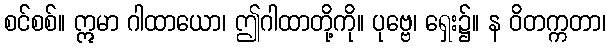
စင်စစ်။ ဣမာ ဂါထာယော၊ ဤဂါထာတို့ကို။ ပုဗ္ဗေ၊ ရှေး၌။ န ဝိတက္ကတာ၊